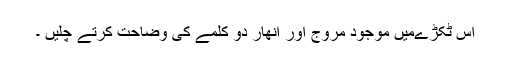
اس ٹکڑےمیں موجود مروج اور انھار دو کلمے کی وضاحت کرتے چلیں ۔